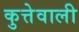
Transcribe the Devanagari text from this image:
कुत्तेवाली